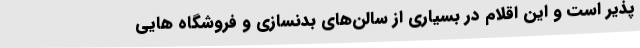
پذیر است و این اقلام در بسیاری از سالن‌های بدنسازی و فروشگاه‌ هایی